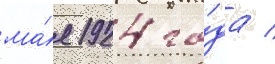
ма́я 1924 го́да /